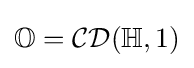
\mathbb {O} ={\mathcal {CD}}(\mathbb {H} ,1)